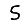
Digit: 5